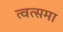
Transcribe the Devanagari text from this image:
त्वत्समा